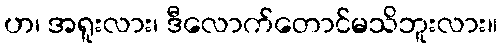
ဟ၊ အရူးလား၊ ဒီလောက်တောင်မသိဘူးလား။